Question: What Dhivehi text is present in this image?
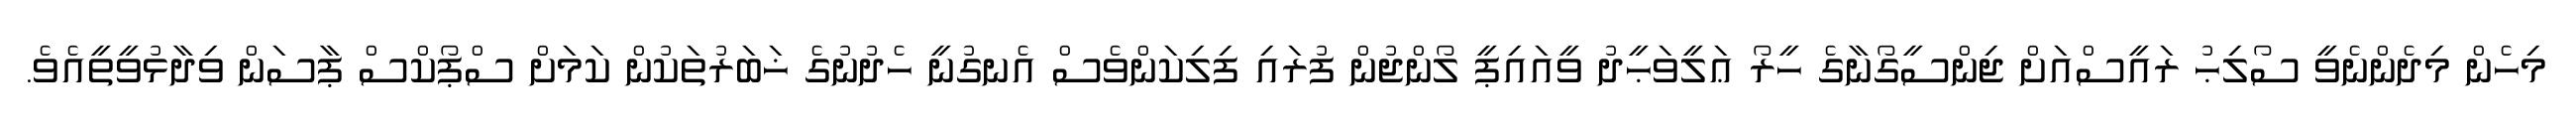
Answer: މިހެން މިދެންނެވީ ސޯލިޙު ރައީސްއަށް ޖިންސީގޯނާގެ ހީރޯ ޢަލީވަޙީދު ވީއައިޕީ ލޯންޖުން ފުރައި ފިލިކަންވެސް އެނގުނީ ހެދުނުގެ ޚަބަރުތަކުން ކަމަށް ސްޕޯކްސް ޕާސަން ވިދާޅުވީތީއެވެ.